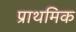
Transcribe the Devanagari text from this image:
प्राथमिक